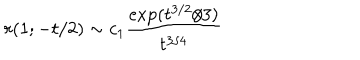
r ( 1 ; - t / 2 ) \sim c _ { 1 } { \frac { \exp ( t ^ { 3 / 2 } / 3 ) } { t ^ { 3 / 4 } } }